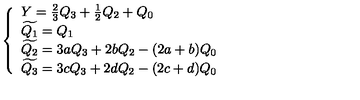
\left\{ \begin{array} { l } { Y = \frac { 2 } { 3 } Q _ { 3 } + \frac { 1 } { 2 } Q _ { 2 } + Q _ { 0 } } \\ { \widetilde { Q _ { 1 } } = Q _ { 1 } } \\ { \widetilde { Q _ { 2 } } = 3 a Q _ { 3 } + 2 b Q _ { 2 } - ( 2 a + b ) Q _ { 0 } } \\ { \widetilde { Q _ { 3 } } = 3 c Q _ { 3 } + 2 d Q _ { 2 } - ( 2 c + d ) Q _ { 0 } } \\ \end{array} \right.